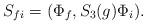
LaTeX: \begin{align*}S_{fi}=(\Phi_f,S_3(g)\Phi_i).\end{align*}